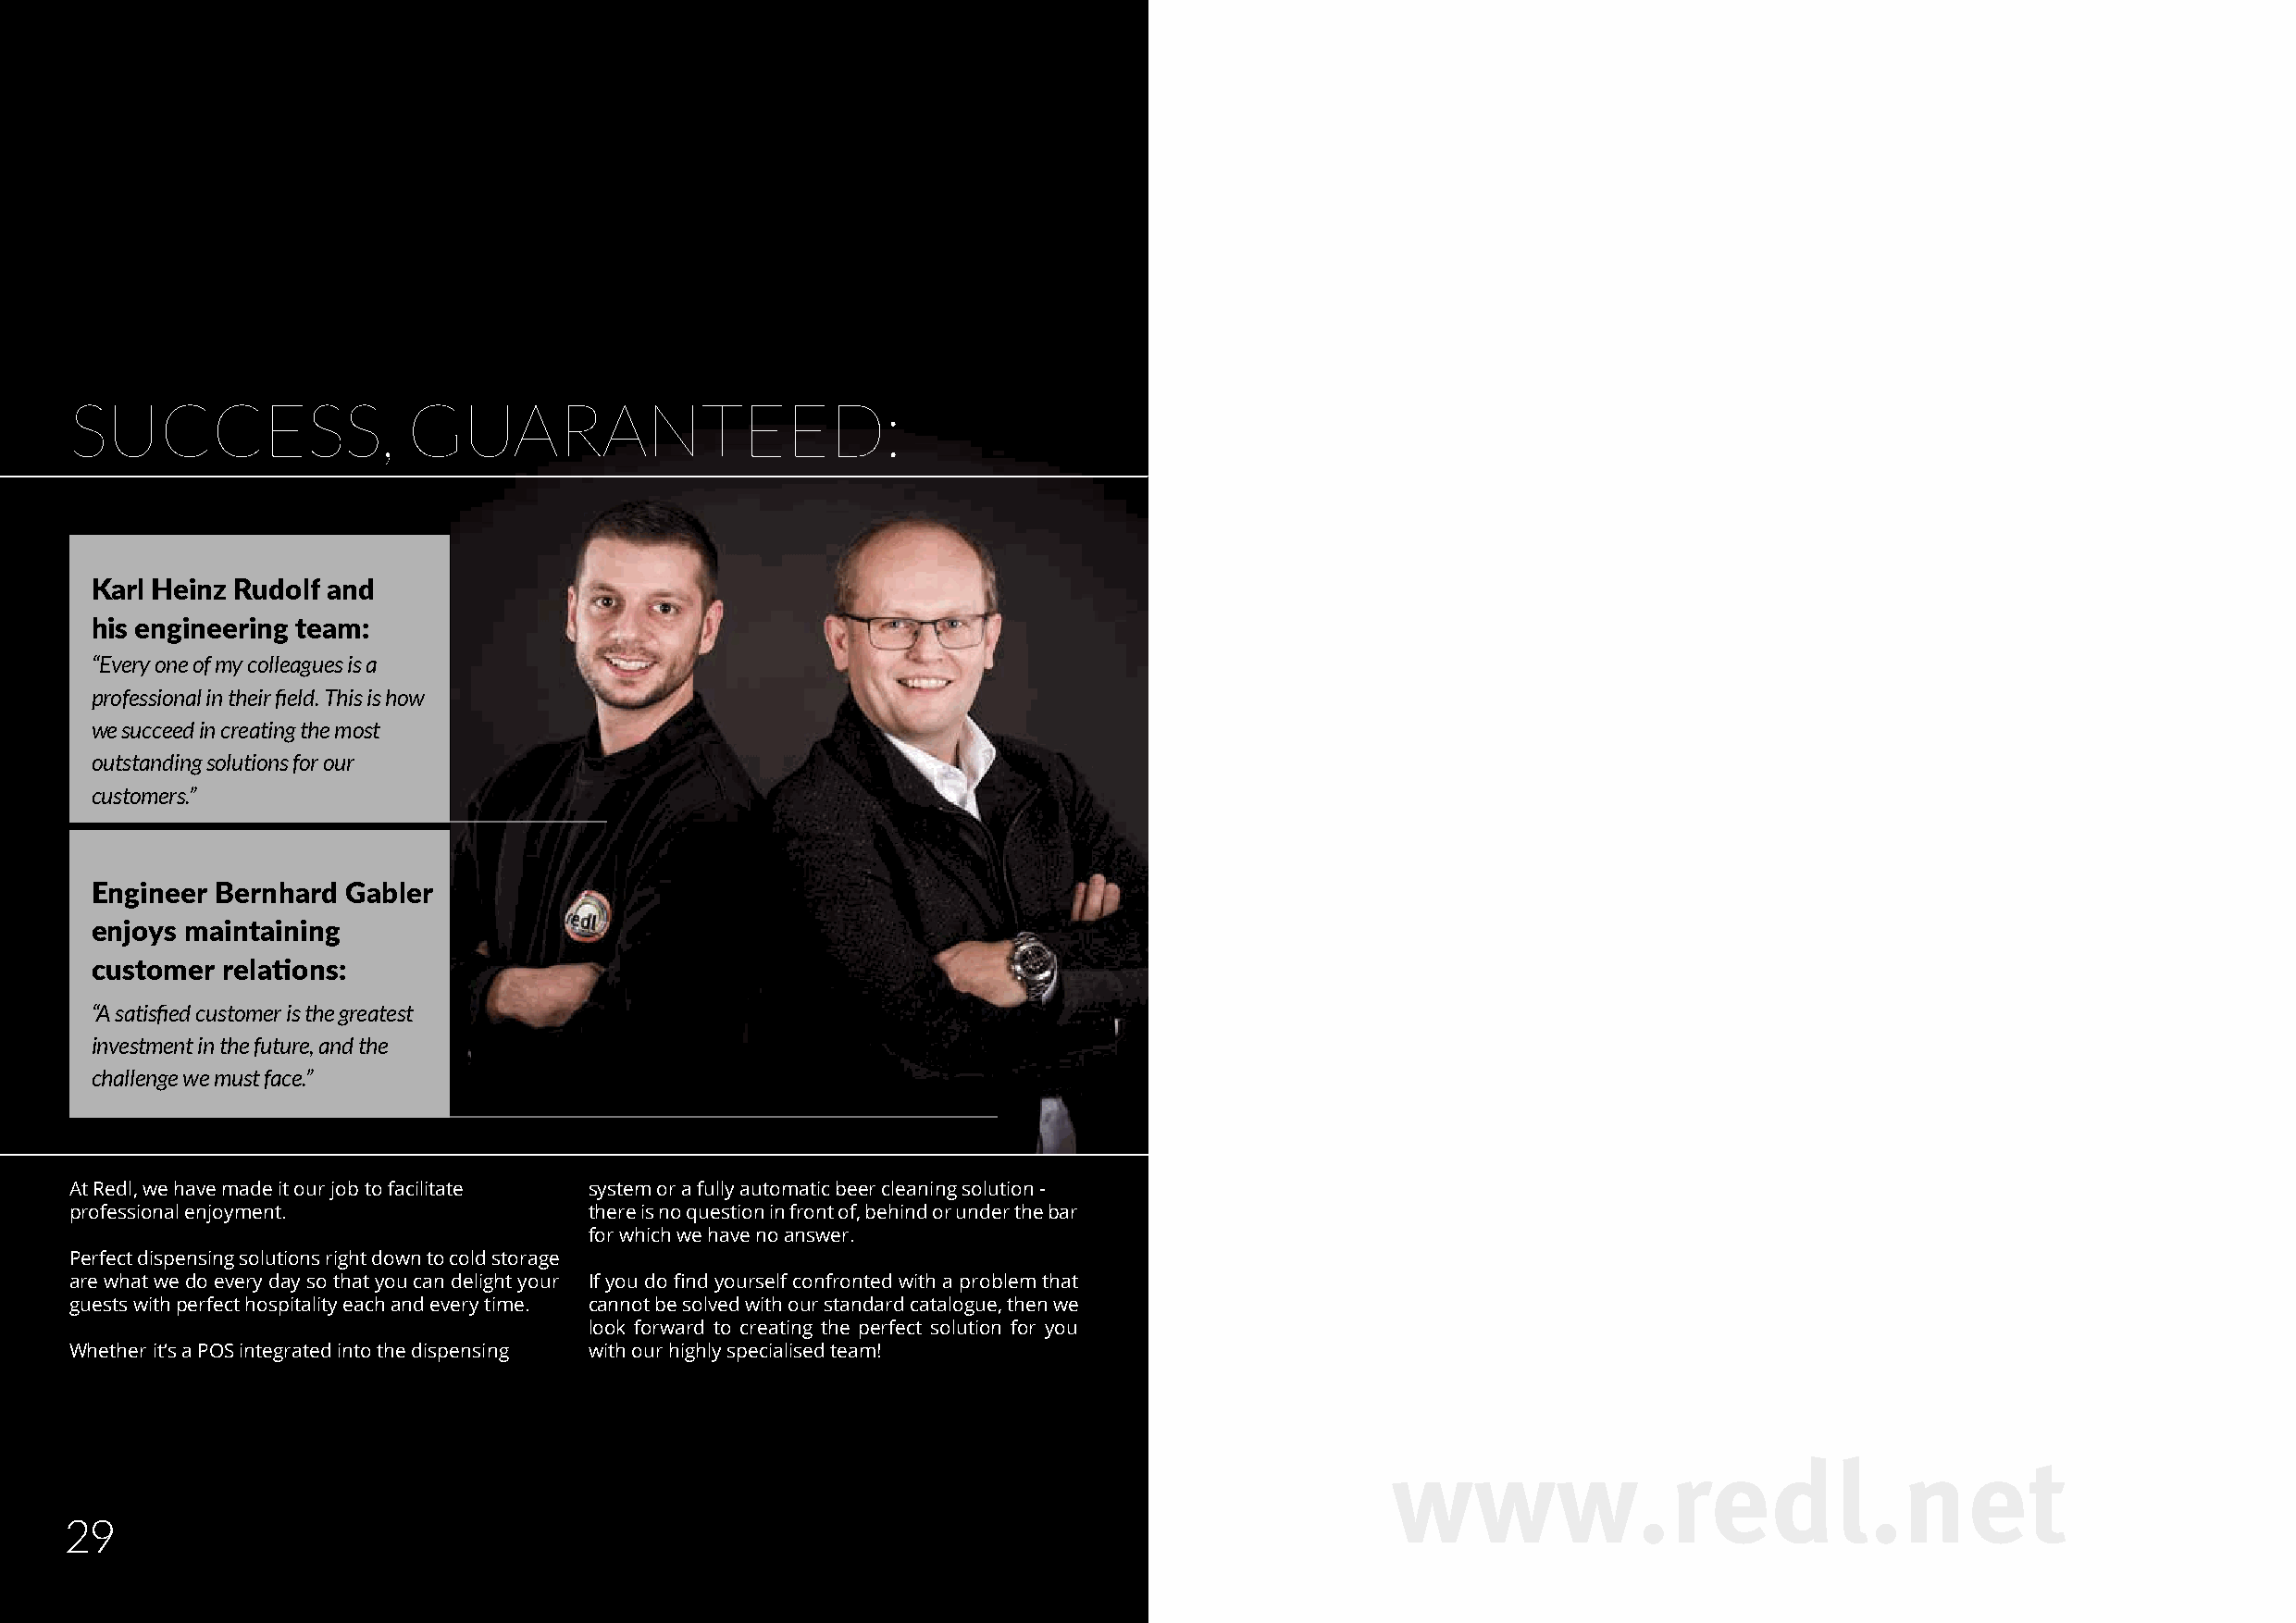
SUCCESS,                GUARANTEED:
 Karl Heinz Rudolf and
 his engineering team:
 “Every one of my colleagues is a
 professional in their field. This is how
 we succeed in creating the most
 outstanding solutions for our
 customers.”
 Engineer Bernhard Gabler
 enjoys maintaining
 customer relations:
 “A satisfied customer is the greatest
 investment in the future, and the
 challenge we must face.”
 At Redl, we have made it our job to facilitate system or a fully automatic beer cleaning solution -
 professional enjoyment.              there is no question in front of, behind or under the bar
 for which we have no answer.
 Perfect dispensing solutions right down to cold storage
 are what we do every day so that you can delight your If you do find yourself confronted with a problem that
 guests with perfect hospitality each and every time. cannot be solved with our standard catalogue, then we
 look forward to creating the perfect solution for you
 Whether it‘s a POS integrated into the dispensing with our highly specialised team!
 www.redl.net
 29